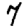
Digit: 7